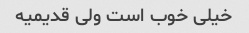
خیلی خوب است ولی قدیمیه